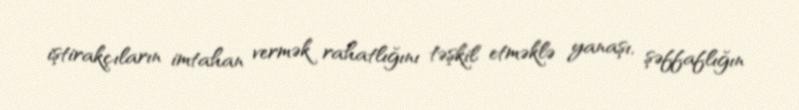
iştirakçıların imtahan vermək rahatlığını təşkil etməklə yanaşı, şəffaflığın